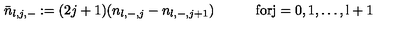
\bar { n } _ { l , j , - } : = ( 2 j + 1 ) ( n _ { l , - , j } - n _ { l , - , j + 1 } ) \qquad \quad \mathrm { f o r j = 0 , 1 , \dots , l + 1 }